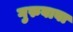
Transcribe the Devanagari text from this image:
गुरुबाबा